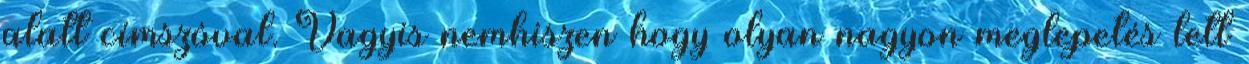
alatt címszóval. Vagyis nemhiszen hogy olyan nagyon meglepetés lett